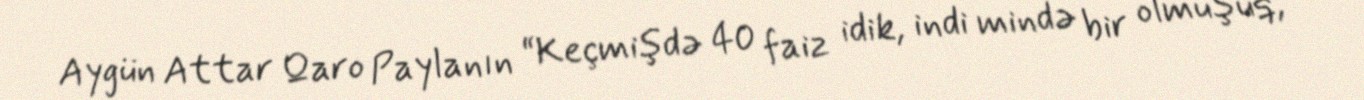
Aygün Attar Qaro Paylanın “Keçmişdə 40 faiz idik, indi mində bir olmuşuq,